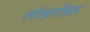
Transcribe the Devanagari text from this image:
लोहरहित